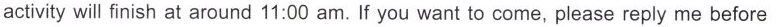
activity will finish at around 11:00 am. If you want to come, please reply me before